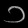
Digit: ၁